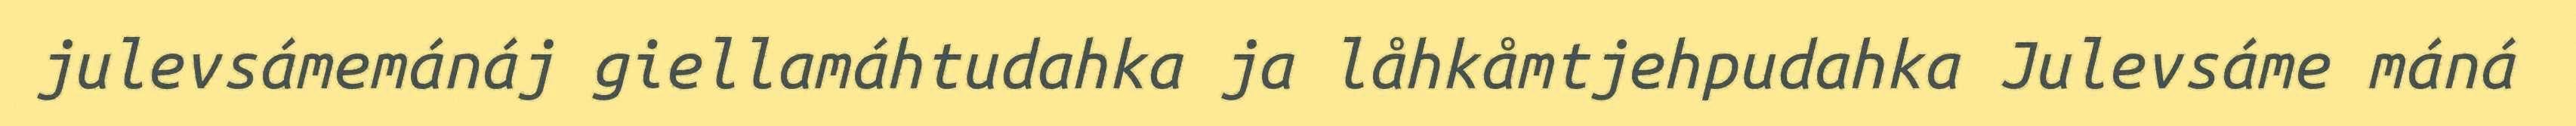
julevsámemánáj giellamáhtudahka ja låhkåmtjehpudahka Julevsáme máná